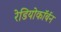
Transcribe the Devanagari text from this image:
रेडियोकॉर्बन